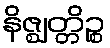
နိဇ္ဈတ္တိဉ္စ